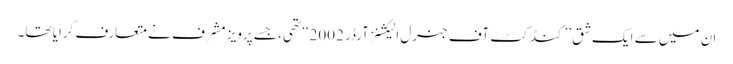
ان میں سے ایک شق ’’کنڈکٹ آف جنرل الیکشنز آرڈر 2002‘‘ تھی، جسے پرویز مشرف نے متعارف کرایا تھا۔